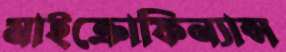
মাইক্রোফিন্যান্স